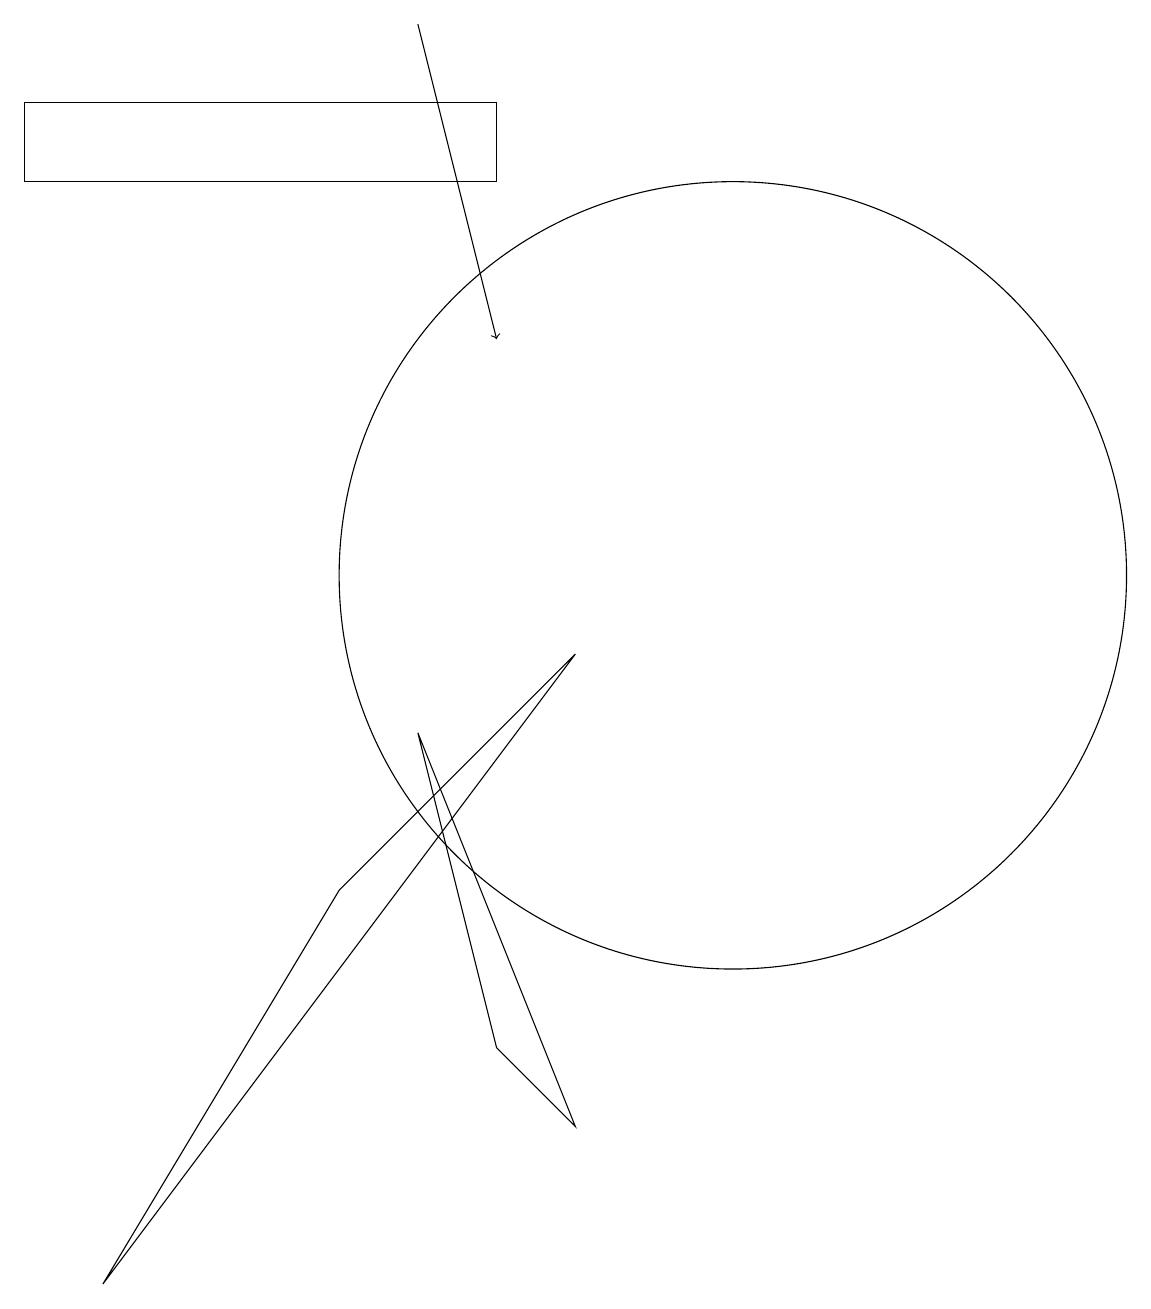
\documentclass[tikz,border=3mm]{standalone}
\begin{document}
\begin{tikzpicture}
\draw (8,9) -- (5,6) -- (2,1) -- cycle;
\draw[->] (6,17) -- (7,13);
\draw (7,15) rectangle (1,16);
\draw (10,10) circle (5);
\draw (6,8) -- (7,4) -- (8,3) -- cycle;
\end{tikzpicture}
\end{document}